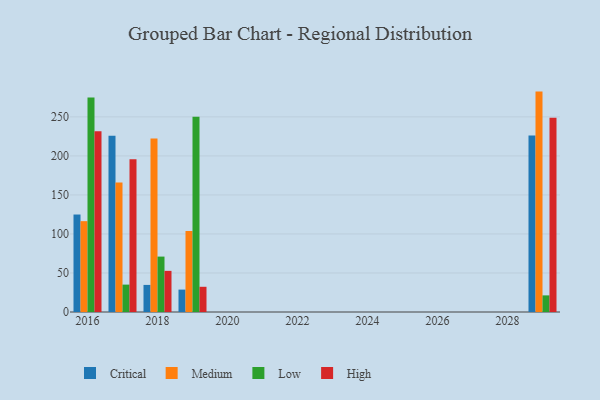
{"axis": {"x": "Year", "y": "Inventory Turnover"}, "legend": ["Critical", "High", "Low", "Medium"], "data": [{"x": "2016", "y": 124.9, "type": "Critical"}, {"x": "2016", "y": 116.4, "type": "Medium"}, {"x": "2016", "y": 274.7, "type": "Low"}, {"x": "2016", "y": 231.6, "type": "High"}, {"x": "2018", "y": 34.7, "type": "Critical"}, {"x": "2018", "y": 222.2, "type": "Medium"}, {"x": "2018", "y": 71.0, "type": "Low"}, {"x": "2018", "y": 52.7, "type": "High"}, {"x": "2019", "y": 28.7, "type": "Critical"}, {"x": "2019", "y": 103.8, "type": "Medium"}, {"x": "2019", "y": 250.3, "type": "Low"}, {"x": "2019", "y": 32.3, "type": "High"}, {"x": "2017", "y": 225.7, "type": "Critical"}, {"x": "2017", "y": 166.0, "type": "Medium"}, {"x": "2017", "y": 35.1, "type": "Low"}, {"x": "2017", "y": 195.8, "type": "High"}, {"x": "2029", "y": 226.0, "type": "Critical"}, {"x": "2029", "y": 282.4, "type": "Medium"}, {"x": "2029", "y": 21.3, "type": "Low"}, {"x": "2029", "y": 248.9, "type": "High"}]}